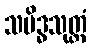
သမိဒ္ဓသုတ္တံ